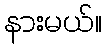
နားမယ်။